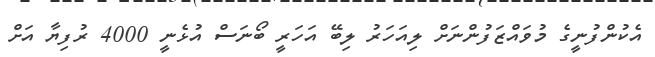
އެކުންފުނީގެ މުވައްޒަފުންނަށް ލިއަހަރު ލިބޭ އަހަރީ ބޯނަސް އުޅެނީ 4000 ރުފިޔާ އަށް